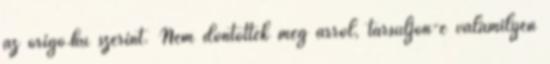
az origo.hu szerint. Nem döntöttek még arról, társuljon-e valamilyen